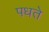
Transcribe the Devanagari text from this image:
पधते